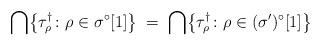
LaTeX: \begin{align*} \bigcap\bigl\{\tau_\rho^\dag \colon \rho \in \sigma^\circ[1]\bigr\} \; = \; \bigcap\bigl\{\tau_\rho^\dag \colon \rho \in (\sigma')^\circ[1]\bigr\}\end{align*}